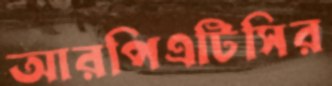
আরপিএটিসির